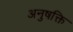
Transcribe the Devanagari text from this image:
अनुषक्ति